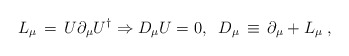
\begin{align*}L_{\mu} \,=\, U\partial_{\mu} U^{\dag} \Rightarrow D_{\mu}U =0, \;\;D_{\mu} \,\equiv \, \partial_{\mu} + L_{\mu} \;,\end{align*}